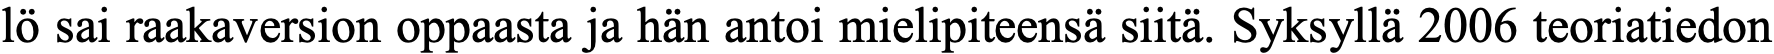
lö sai raakaversion oppaasta ja hän antoi mielipiteensä siitä. Syksyllä 2006 teoriatiedon